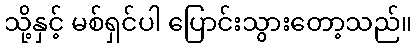
သို့နှင့် မစ်ရှင်ပါ ပြောင်းသွားတော့သည်။